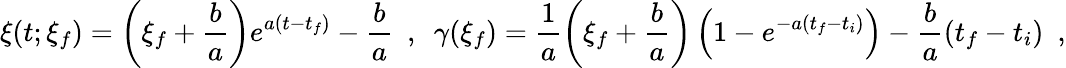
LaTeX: \xi(t;\xi_{f})=\left(\xi_{f}+\frac{b}{a}\right)e^{a(t-t_{f})}-\frac{b}{a}\ \ ,\ \ \gamma(\xi_{f})=\frac{1}{a}\left(\xi_{f}+\frac{b}{a}\right)\left(1-e^{-a(t_{f}-t_{i})}\right)-\frac{b}{a}(t_{f}-t_{i})\ \ ,